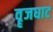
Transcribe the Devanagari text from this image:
वॄजघाट